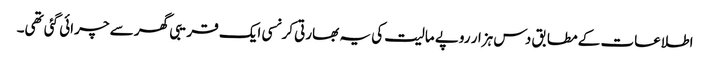
اطلاعات کے مطابق دس ہزار روپے مالیت کی یہ بھارتی کرنسی ایک قریبی گھر سے چرائی گئی تھی۔